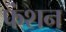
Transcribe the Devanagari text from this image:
फंशन